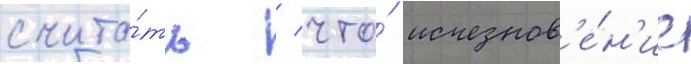
счита́ть / что́ исчезнов'е́н'ие